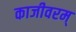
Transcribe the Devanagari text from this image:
काजीवरम्